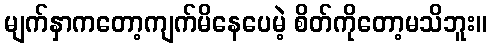
မျက်နှာကတော့ကျက်မိနေပေမဲ့ စိတ်ကိုတော့မသိဘူး။